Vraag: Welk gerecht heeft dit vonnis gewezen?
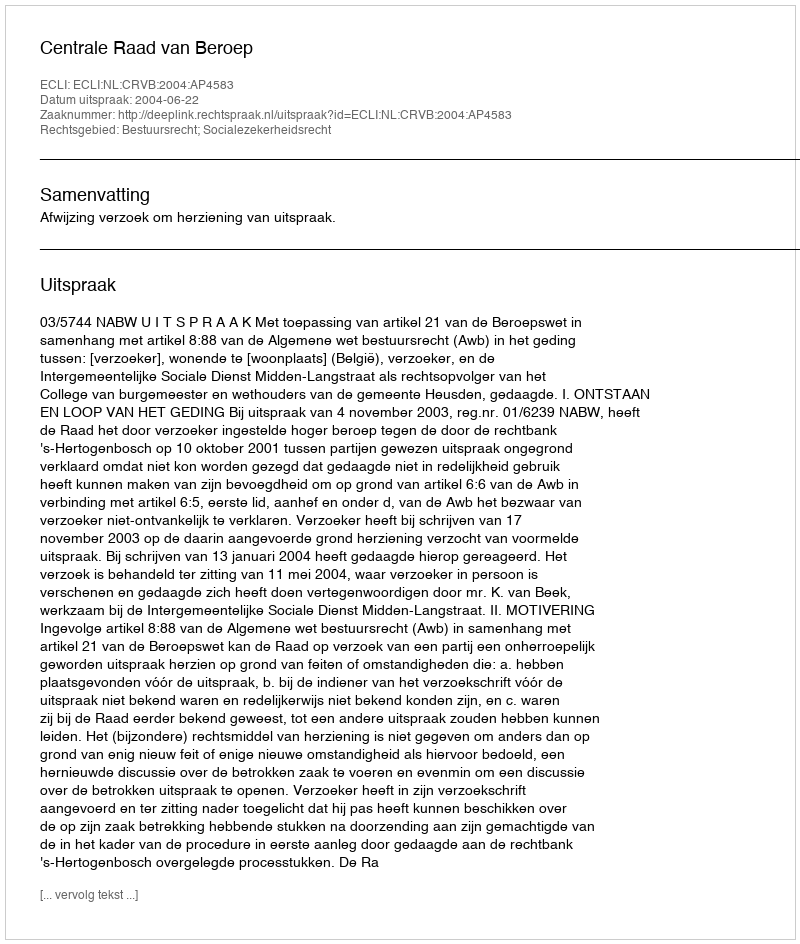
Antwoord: Centrale Raad van Beroep